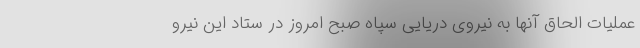
عملیات الحاق آنها به نیروی دریایی سپاه صبح امروز در ستاد این نیرو